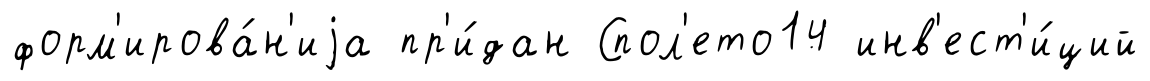
форм'ирова́н'иjа пр'и́дан Спол'ето14 инв'ест'и́ций